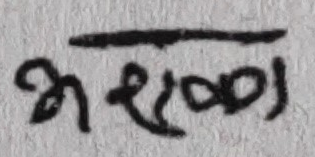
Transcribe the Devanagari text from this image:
भरणा